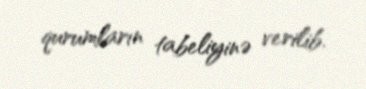
qurumların tabeliyinə verilib.